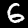
Label: 6